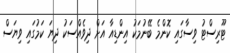
ޓޫރިސްޓު ވިސާގައި ކޮންމެ ބޭނުމަކު އިންޑިއާ އަށް ދިވެއްސަކު ދިޔަ ކަމުގައި ވިޔަސް